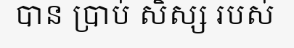
បាន ប្រាប់ សិស្ស របស់